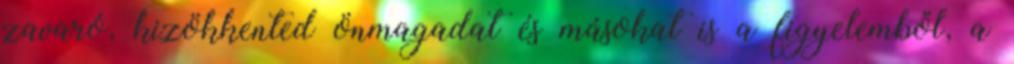
zavaró, kizökkented önmagadat és másokat is a figyelemből, a